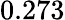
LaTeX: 0.273